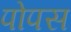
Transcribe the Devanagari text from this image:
पोपस